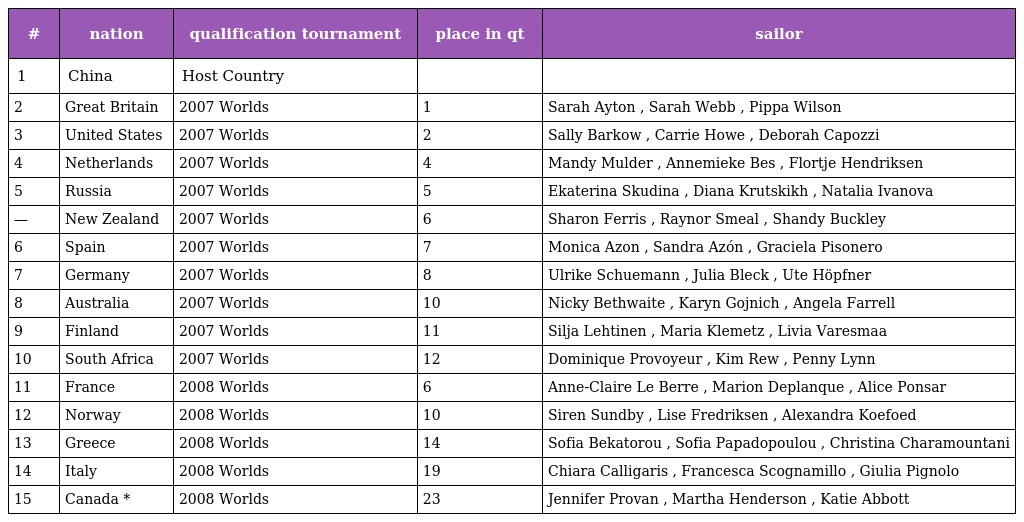
| # | nation | qualification tournament | place in qt | sailor |
 | --- | --- | --- | --- | --- |
 | 1 | China | Host Country |  |  |
 | 2 | Great Britain | 2007 Worlds | 1 | Sarah Ayton , Sarah Webb , Pippa Wilson |
 | 3 | United States | 2007 Worlds | 2 | Sally Barkow , Carrie Howe , Deborah Capozzi |
 | 4 | Netherlands | 2007 Worlds | 4 | Mandy Mulder , Annemieke Bes , Flortje Hendriksen |
 | 5 | Russia | 2007 Worlds | 5 | Ekaterina Skudina , Diana Krutskikh , Natalia Ivanova |
 | — | New Zealand | 2007 Worlds | 6 | Sharon Ferris , Raynor Smeal , Shandy Buckley |
 | 6 | Spain | 2007 Worlds | 7 | Monica Azon , Sandra Azón , Graciela Pisonero |
 | 7 | Germany | 2007 Worlds | 8 | Ulrike Schuemann , Julia Bleck , Ute Höpfner |
 | 8 | Australia | 2007 Worlds | 10 | Nicky Bethwaite , Karyn Gojnich , Angela Farrell |
 | 9 | Finland | 2007 Worlds | 11 | Silja Lehtinen , Maria Klemetz , Livia Varesmaa |
 | 10 | South Africa | 2007 Worlds | 12 | Dominique Provoyeur , Kim Rew , Penny Lynn |
 | 11 | France | 2008 Worlds | 6 | Anne-Claire Le Berre , Marion Deplanque , Alice Ponsar |
 | 12 | Norway | 2008 Worlds | 10 | Siren Sundby , Lise Fredriksen , Alexandra Koefoed |
 | 13 | Greece | 2008 Worlds | 14 | Sofia Bekatorou , Sofia Papadopoulou , Christina Charamountani |
 | 14 | Italy | 2008 Worlds | 19 | Chiara Calligaris , Francesca Scognamillo , Giulia Pignolo |
 | 15 | Canada * | 2008 Worlds | 23 | Jennifer Provan , Martha Henderson , Katie Abbott |